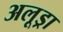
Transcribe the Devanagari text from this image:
अलूड्रा